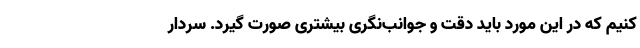
کنیم که در این مورد باید دقت و جوانب‌نگری بیشتری صورت گیرد. سردار